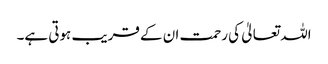
اللہ تعالیٰ کی رحمت ان کے قریب ہوتی ہے۔